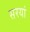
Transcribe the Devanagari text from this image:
सरयां